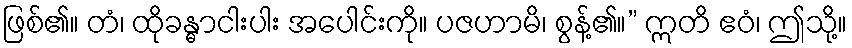
ဖြစ်၏။ တံ၊ ထိုခန္ဓာငါးပါး အပေါင်းကို။ ပဇဟာမိ၊ စွန့်၏။” ဣတိ ဧဝံ၊ ဤသို့။